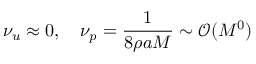
\nu _ { u } \approx 0 , \quad \nu _ { p } = \frac { 1 } { 8 \rho a M } \sim \mathcal { O } ( M ^ { 0 } )